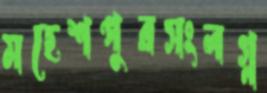
মহেশপুরসংলগ্ন